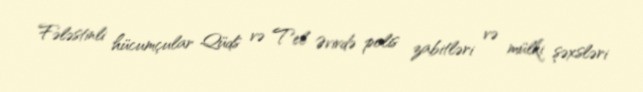
Fələstinli hücumçular Qüds və Tel Əvivdə polis zabitləri və mülki şəxsləri